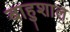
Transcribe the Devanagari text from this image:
बाहुशाल